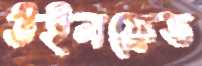
উইলফ্রেড